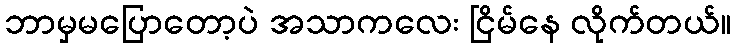
ဘာမှမပြောတော့ပဲ အသာကလေး ငြိမ်နေ လိုက်တယ်။